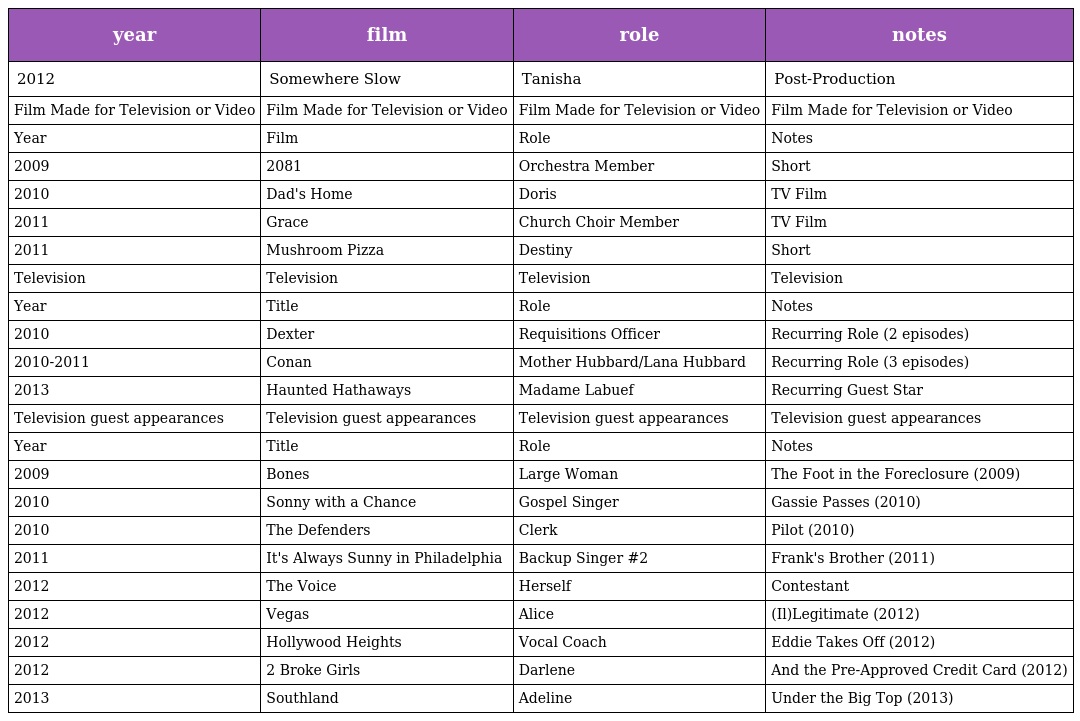
| year | film | role | notes |
 | --- | --- | --- | --- |
 | 2012 | Somewhere Slow | Tanisha | Post-Production |
 | Film Made for Television or Video | Film Made for Television or Video | Film Made for Television or Video | Film Made for Television or Video |
 | Year | Film | Role | Notes |
 | 2009 | 2081 | Orchestra Member | Short |
 | 2010 | Dad's Home | Doris | TV Film |
 | 2011 | Grace | Church Choir Member | TV Film |
 | 2011 | Mushroom Pizza | Destiny | Short |
 | Television | Television | Television | Television |
 | Year | Title | Role | Notes |
 | 2010 | Dexter | Requisitions Officer | Recurring Role (2 episodes) |
 | 2010-2011 | Conan | Mother Hubbard/Lana Hubbard | Recurring Role (3 episodes) |
 | 2013 | Haunted Hathaways | Madame Labuef | Recurring Guest Star |
 | Television guest appearances | Television guest appearances | Television guest appearances | Television guest appearances |
 | Year | Title | Role | Notes |
 | 2009 | Bones | Large Woman | The Foot in the Foreclosure (2009) |
 | 2010 | Sonny with a Chance | Gospel Singer | Gassie Passes (2010) |
 | 2010 | The Defenders | Clerk | Pilot (2010) |
 | 2011 | It's Always Sunny in Philadelphia | Backup Singer #2 | Frank's Brother (2011) |
 | 2012 | The Voice | Herself | Contestant |
 | 2012 | Vegas | Alice | (Il)Legitimate (2012) |
 | 2012 | Hollywood Heights | Vocal Coach | Eddie Takes Off (2012) |
 | 2012 | 2 Broke Girls | Darlene | And the Pre-Approved Credit Card (2012) |
 | 2013 | Southland | Adeline | Under the Big Top (2013) |